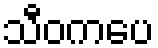
သီဝကပေ